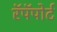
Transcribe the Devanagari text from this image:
रॅपॅपोर्ट